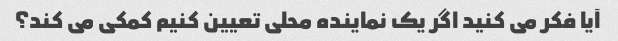
آیا فکر می کنید اگر یک نماینده محلی تعیین کنیم کمکی می کند؟